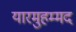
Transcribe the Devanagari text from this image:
यारमुहम्मद